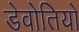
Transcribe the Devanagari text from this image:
डेवोतियो